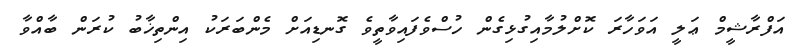
އަފްރާޝީމް ޢަލީ އަވަހާރަ ކޮށްލުމާއިގުޅިގެން ހުސްވެފައިވާތީވެ ގޮނޑިއަށް މެންބަރަކު އިންތިޚާބު ކުރަން ބާއްވާ